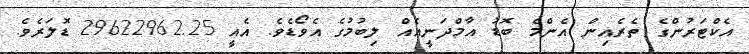
އެކްޓަރުންގެ ތެރެއިން އެންމެ ބޮޑު އާމްދަނީއެއް ލިބުމުގެ އެވޯޑެވެ. އެއީ 29622962.25 ޑޮލަރެވެ.